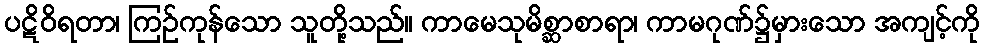
ပဋိဝိရတာ၊ ကြဉ်ကုန်သော သူတို့သည်။ ကာမေသုမိစ္ဆာစာရာ၊ ကာမဂုဏ်၌မှားသော အကျင့်ကို